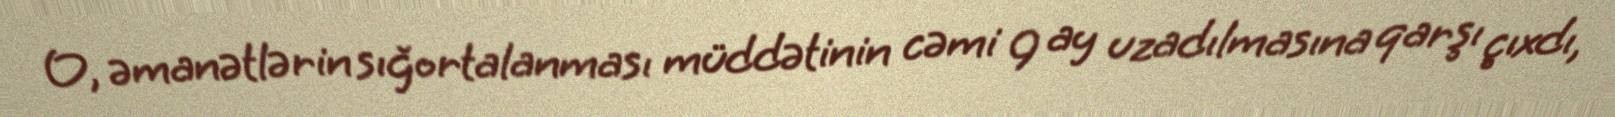
O, əmanətlərin sığortalanması müddətinin cəmi 9 ay uzadılmasına qarşı çıxdı,